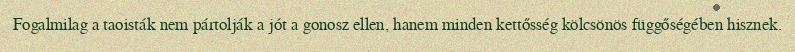
Fogalmilag a taoisták nem pártolják a jót a gonosz ellen, hanem minden kettősség kölcsönös függőségében hisznek.